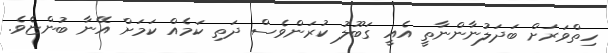
ހިތްވަރަށް ބަދަލުނާންނާތީ އެއީ ގަބޫލު ކުރަންވެސް ދަތި ކަމެއް ކަމަށް އޭނާ ބުންޏެވެ.